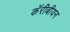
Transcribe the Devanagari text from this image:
कॅरीबीयन